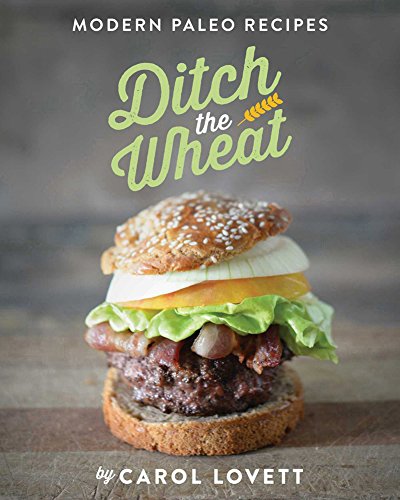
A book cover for Ditch the Wheat; Carol Lovett; Cookbooks, Food & Wine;